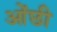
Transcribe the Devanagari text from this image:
ओंछी